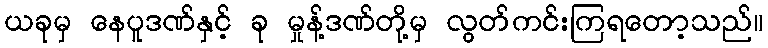
ယခုမှ နေပူဒဏ်နှင့် ခု မှုန့်ဒဏ်တို့မှ လွတ်ကင်းကြရတော့သည်။